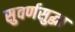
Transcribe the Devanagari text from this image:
सुवर्णसुद्धा